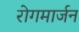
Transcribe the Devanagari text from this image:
रोगमार्जन